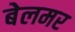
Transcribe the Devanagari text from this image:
बेलमर